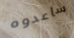
ساعدوه